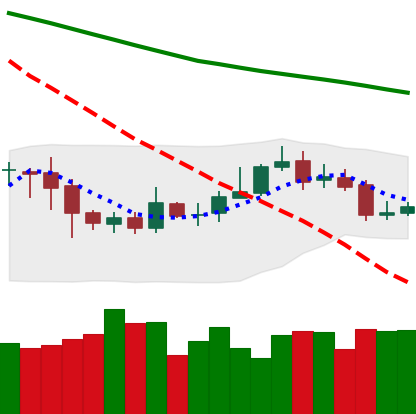
Ticker: ETC-USD
Chart end date: 2020-10-18
Forward return: 4.974%
Label: up_3_5